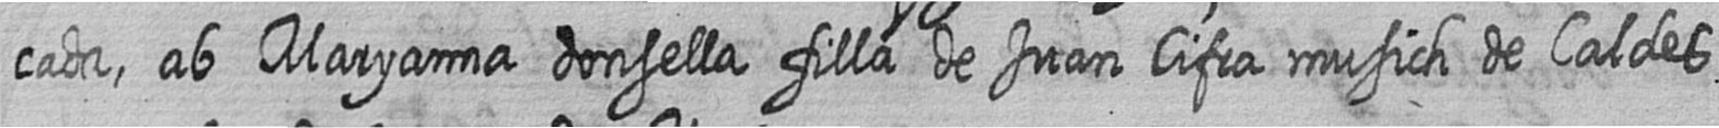
cada ab Maryanna donsella filla de Juan Cifra musich de Caldes